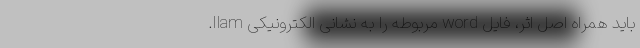
باید همراه اصل اثر، فایل word مربوطه را به نشانی الکترونیکی Ilam.